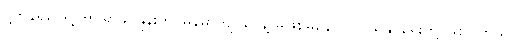
ပို့ကုန်ရငွေရဲ့ ၆၅ ရာခိုင်နှုန်းကို မြန်မာကျပ်ငွေနဲ့ မဖြစ်မနေ လဲလှယ်နိုင်ရေးတို့ ဖြစ်ပါတယ်။